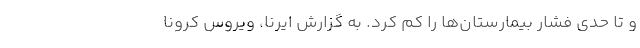
و تا حدی فشار بیمارستان‌ها را کم کرد. به گزارش ایرنا، ویروس کرونا